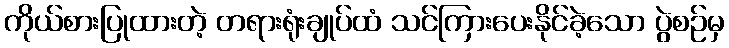
ကိုယ်စားပြုထားတဲ့ တရားရုံးချုပ်ထံ သင်ကြားပေးနိုင်ခဲ့သော ပွဲစဉ်မှ